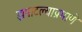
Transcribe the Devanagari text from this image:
झपाटल्याप्रमाणे